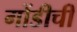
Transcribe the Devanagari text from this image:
गोंडीची